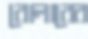
রোলারের